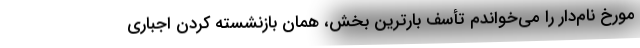
مورخ نام‌دار را می‌خواندم تأسف بارترین بخش، همان بازنشسته کردن اجباری